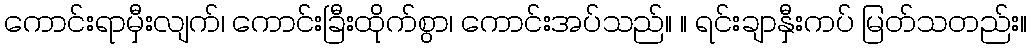
ကောင်းရာမှီးလျက်၊ ကောင်းခြီးထိုက်စွာ၊ ကောင်းအပ်သည်။ ။ ရင်းချာနှီးကပ် မြတ်သတည်း။